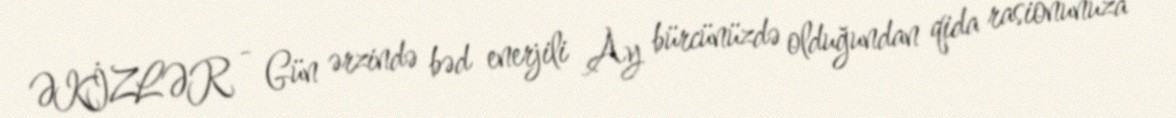
ƏKİZLƏR - Gün ərzində bəd enerjili Ay bürcünüzdə olduğundan qida rasionunuza